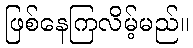
ဖြစ်နေကြလိမ့်မည်။